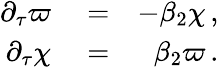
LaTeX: \begin{array}{rlr}{\partial_{\tau}\varpi}&{{}=}&{-\beta_{2}\chi\, ,}\\ {\partial_{\tau}\chi}&{{}=}&{\beta_{2}\varpi\, .}\end{array}